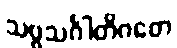
သဗ္ဗသင်္ဂါတိဂတေ